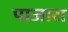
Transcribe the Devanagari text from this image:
पाजारा